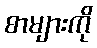
စာများကို